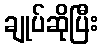
ချုပ်ဆိုပြီး